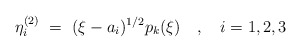
\begin{align*}\eta^{(2)}_i \ =\ (\xi - a_i)^{1/2} p_k(\xi)\quad, \quad i =1,2,3\end{align*}